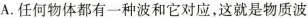
A. 任何物体都有一种波和它对应，这就是物质波